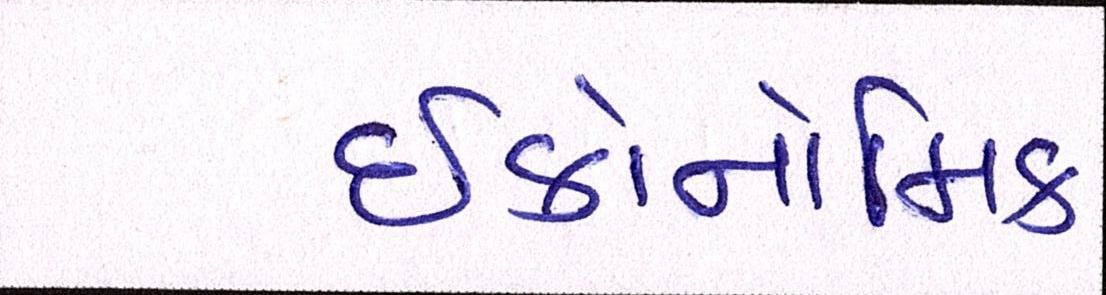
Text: ઈકોનોમિક